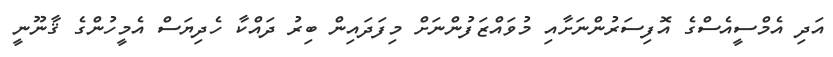
އަދި އެމްސީއެސްގެ އޮފިސަރުންނަށާއި މުވައްޒަފުންނަށް މިފަދައިން ބިރު ދައްކާ ހެދިޔަސް އެމީހުންގެ ޤާނޫނީ